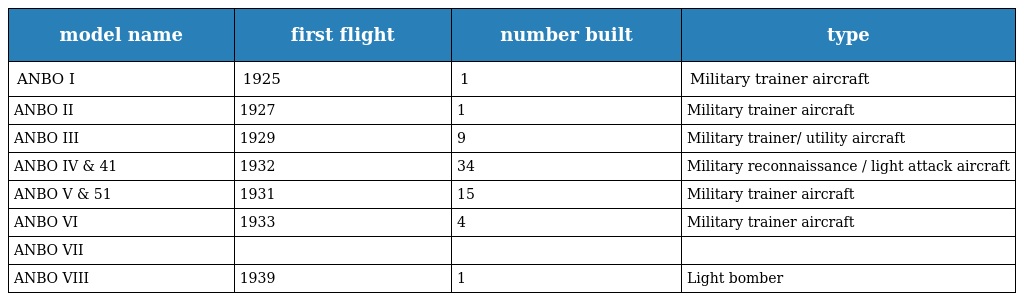
| model name | first flight | number built | type |
 | --- | --- | --- | --- |
 | ANBO I | 1925 | 1 | Military trainer aircraft |
 | ANBO II | 1927 | 1 | Military trainer aircraft |
 | ANBO III | 1929 | 9 | Military trainer/ utility aircraft |
 | ANBO IV & 41 | 1932 | 34 | Military reconnaissance / light attack aircraft |
 | ANBO V & 51 | 1931 | 15 | Military trainer aircraft |
 | ANBO VI | 1933 | 4 | Military trainer aircraft |
 | ANBO VII |  |  |  |
 | ANBO VIII | 1939 | 1 | Light bomber |